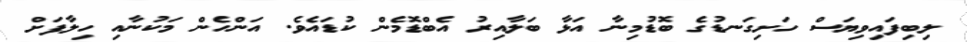
ލިބިފައިވިޔަސް ހަށިގަނޑުގެ ބޮޑުމިނާ އަޅާ ބަލާއިރު އެބްޑޮމެން ކުޑައެވެ. އަންހެން މަކުނާއި ހިލާފަށް